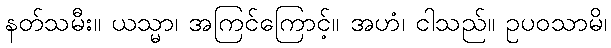
နတ်သမီး။ ယသ္မာ၊ အကြင်ကြောင့်။ အဟံ၊ ငါသည်။ ဥပဝသာမိ၊